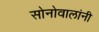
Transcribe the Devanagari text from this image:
सोनोवालांनी